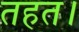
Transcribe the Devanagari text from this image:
तहत।